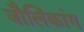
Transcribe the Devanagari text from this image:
जौलिंकांग